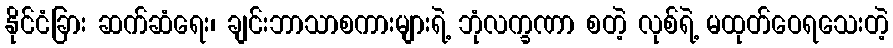
နိုင်ငံခြား ဆက်ဆံရေး၊ ချင်းဘာသာစကားများရဲ့ ဘုံလက္ခဏာ စတဲ့ လုစ်ရဲ့ မထုတ်ဝေရသေးတဲ့